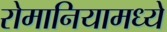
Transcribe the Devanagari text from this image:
रोमानियामध्ये